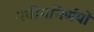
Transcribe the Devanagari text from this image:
नवीननिर्णयों